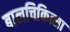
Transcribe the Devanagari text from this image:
बालचिकित्सा